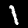
Label: 1